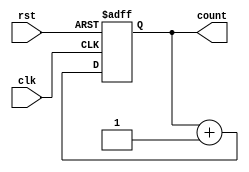
module counter(clk,rst,count);
input clk,rst;
output reg [7:0] count;
always@(posedge clk or negedge rst)
begin
if(!rst)
count=0;
else
count=count+1;
end
endmodule